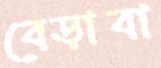
বেড়াবা